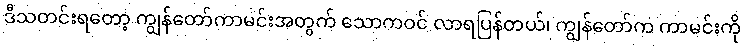
ဒီသတင်းရတော့ ကျွန်တော်ကာမင်းအတွက် သောကဝင် လာရပြန်တယ်၊ ကျွန်တော်က ကာမင်းကို